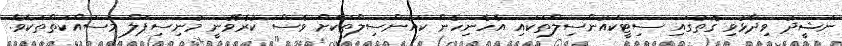
ނަޝީދު ވިދާޅުވި ގޮތުގައި ސިޓީކައުންސިލްތަކައި އެހެނިހެން ކައުންސިލްތަކަށް ވެސް ކުރެވޭނީ މުނިސިޕަލް މަސައްކަތްތަކެވެ.